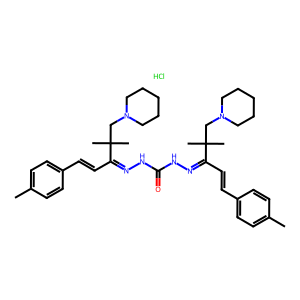
SMILES: Cc1ccc(C=CC(=NNC(=O)NN=C(C=Cc2ccc(C)cc2)C(C)(C)CN2CCCCC2)C(C)(C)CN2CCCCC2)cc1.Cl
Inhibits HIV replication: No